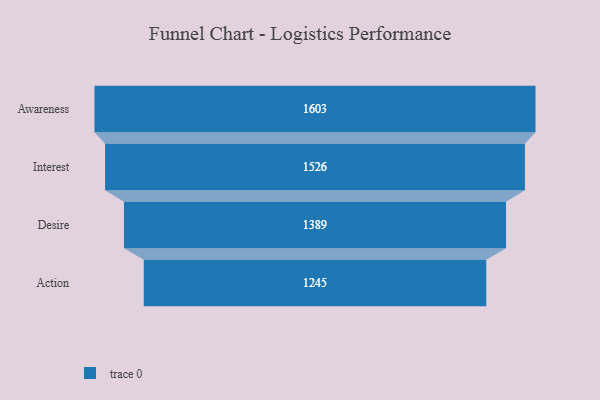
{"axis": {"x": "Stage", "y": "Value"}, "legend": [""], "data": [{"x": "Awareness", "y": 1603.0, "type": ""}, {"x": "Interest", "y": 1526.0, "type": ""}, {"x": "Desire", "y": 1389.0, "type": ""}, {"x": "Action", "y": 1245.0, "type": ""}]}